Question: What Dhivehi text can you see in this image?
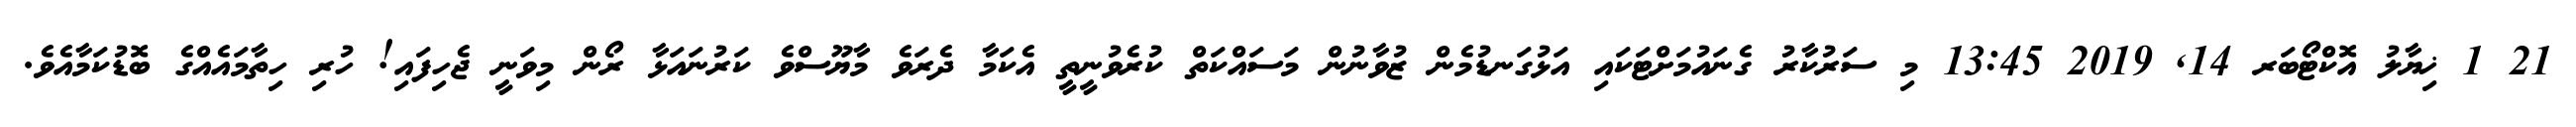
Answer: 21 1 ޚިޔާލު އޮކްޓޯބަރ 14, 2019 13:45 މި ސަރުކާރު ގެނައުމަށްޓަކައި އަޅުގަނޑުމެން ޒުވާނުން މަސައްކަތް ކުރެވުނީތީ އެކަމާ ދެރަވެ މާޔޫސްވެ ކަރުނައަޅާ ރޯން މިވަނީ ޖެހިފައި! ހުރި ހިތާމައެއްގެ ބޮޑުކަމާއެވެ.